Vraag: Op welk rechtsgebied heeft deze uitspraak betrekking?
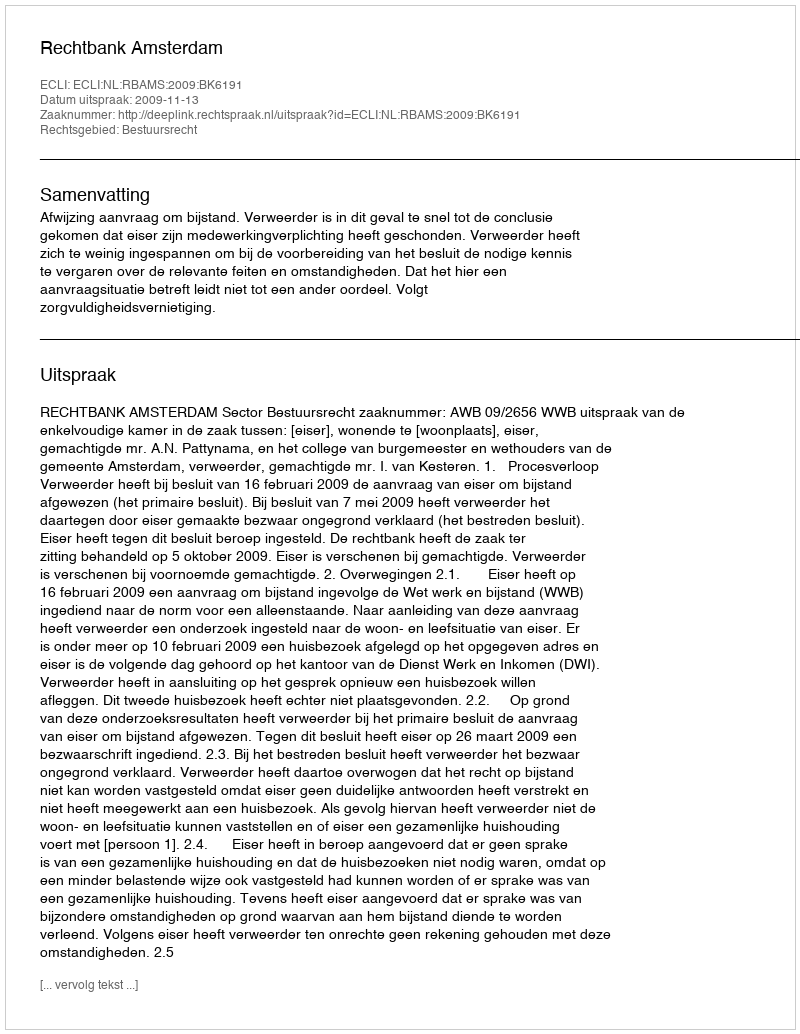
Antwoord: Bestuursrecht